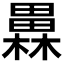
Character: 𤳥